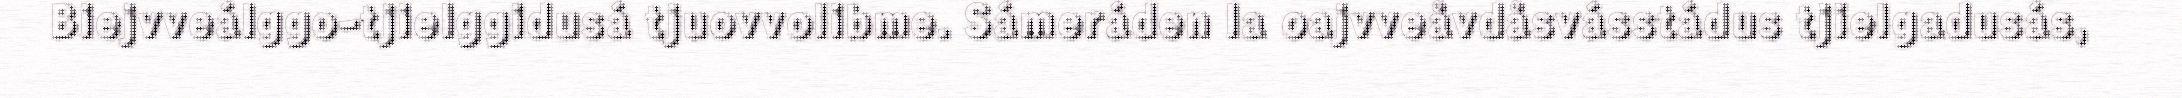
Biejvveálggo-tjielggidusá tjuovvolibme. Sámeráden la oajvveåvdåsvásstádus tjielgadusás,